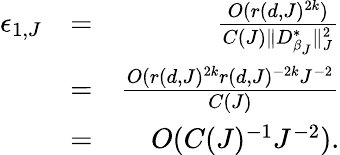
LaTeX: \begin{array}{rlr}{\epsilon_{1,J}}&{=}&{\frac{O(r(d,J)^{2k})}{C(J)\parallel D_{\beta_{J}}^{*}\parallel_{J}^{2}}}\\ &{=}&{\frac{O(r(d,J)^{2k}r(d,J)^{-2k}J^{-2}}{C(J)}}\\ &{=}&{O(C(J)^{-1}J^{-2}).}\end{array}